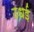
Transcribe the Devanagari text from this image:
उधई